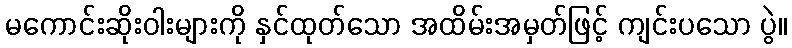
မကောင်းဆိုးဝါးများကို နှင်ထုတ်သော အထိမ်းအမှတ်ဖြင့် ကျင်းပသော ပွဲ။